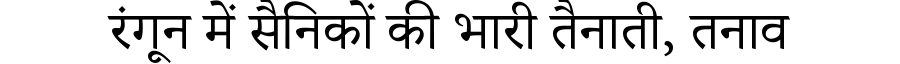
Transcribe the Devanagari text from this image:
रंगून में सैनिकों की भारी तैनाती, तनाव